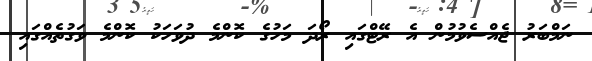
ނަމްބަރު ޖެއްސެވުމުން އެ ރޭޓްގައި ރޯދަ މަހުގެ ކޮންމެ ދުވަހަކު ކޮންމެ ވަގުތެއްގައި